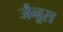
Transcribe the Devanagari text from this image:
जैनूस